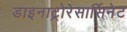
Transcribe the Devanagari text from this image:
डाइनाट्रोरेसार्सिनेट